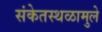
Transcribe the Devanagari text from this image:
संकेतस्थळामुले